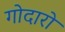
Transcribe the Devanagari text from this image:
गोदारो